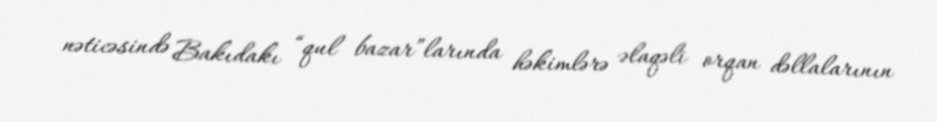
nəticəsində Bakıdakı “qul bazar”larında həkimlərə əlaqəli orqan dəllalarının